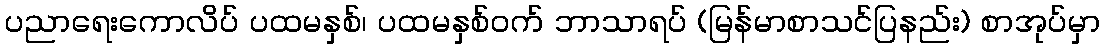
ပညာရေးကောလိပ် ပထမနှစ်၊ ပထမနှစ်ဝက် ဘာသာရပ် (မြန်မာစာသင်ပြနည်း) စာအုပ်မှာ